Vital statistics of India. Vol. IV, Annual returns from 1871 to 1876. British Army of India, Native Army and jails of Bengal
Year: 1871
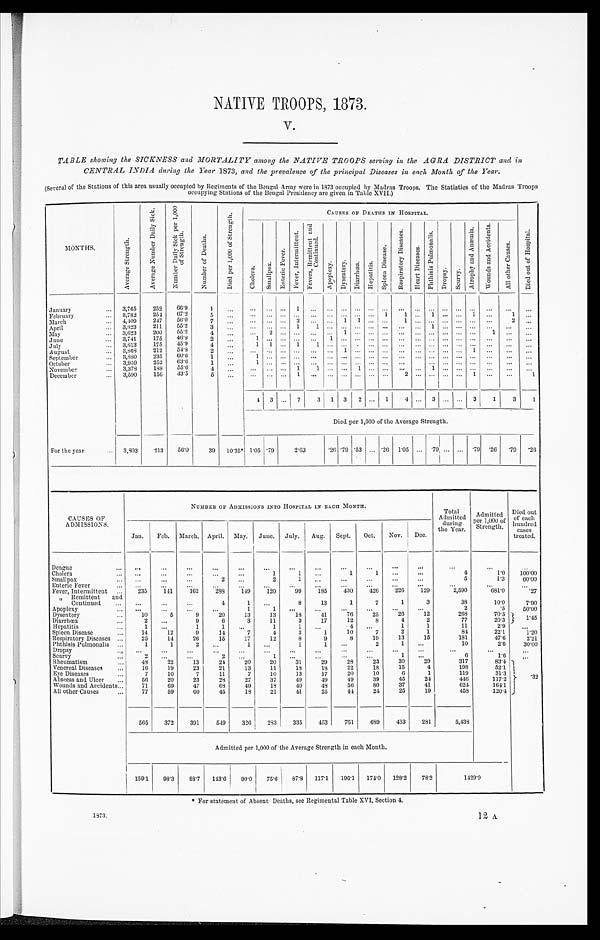
1 8 7 3 .
12 A
NATIVE TROOPS, 1873.
V.
TABLE showing the SICKNESS and MORTALITY among the NATIVE TROOPS serving in the AGRA DISTRICT and in
CENTRAL INDIA during the Year 1873 , and the prevalence of the principal Diseases in each Month of the Year.
(Several of the Stations of this area usually occupied by Regiments of the Bengal Army were in 1873 occupied by Madras Troops. The Statistics of the Madras Troops
occupying Stations of the Bengal Presidency are given in Table XVII.)
MONTHS.
A v e r a g e S t r e n g t h .
A v e r a g e N u m b e r D a i l y S i c k .
N u m b e r D a i l y S i c k p e r 1 , 0 0 0 o f S t r e n g t h .
N u m b e r o f D e a t h s .
D i e d p e r 1 , 0 0 0 o f S t r e n g t h .
C A U S E S O F D E A T H S I N H O S P I T A L .
C h o l e r a .
Sma l l p o x .
E n t e r i e F e v e r .
F e v e r s , I n t e r m i t t e n t .
F e v e r s , R e m i t t e n t a n d C o n t i n u e d .
A p o p l e x y .
D y s e n t e r y .
D i a r r h œ a . H e p a t i t i s .
S p l e e n D i s e a s e .
R e s p i r a t o r y D i s e a s e s .
H e a r t D i s e a s e s .
P h t h i s i s P u l m o n a l i s .
D r o p s y .
S c u r v y .
A t r o p h y a n d A n æ m i a .
W o u n d s a n d A c c i d e n t s .
A l l o t h e r C a u s e s .
D i e d o u t o f H o s p i t a l .
January . . .
3,765
2 5 2 66.9
1
. . .
. . . . . . . . . 1
. . .
. . .
. . . . . . . . .
. . . . . .
. . . . . .
. . .
. . .
. . . . . . . . .
. . .
February . . .
3,782
254
67.2
5
. . . . . . . . . . . . . . . . . .
. . .
. . . . . . . . . 1
1
. . . 1
. . .
. . . 1 . . . 1
. . .
March . . .
4,409
247
56.0
7
. . .
. . . . . . . . . 2
. . . . . .
1
1 . . .
. . . 1
. . . . . .
. . .
. . .
. . . . . . 2
. . .
April . . .
3,823
211
55.2
3
. . .
. . . . . . . . . 1
1
. . .
. . . . . . . . .
. . . . . .
. . . 1
. . .
. . .
. . . . . . . . .
. . .
May . . .
3,623
200
5 5 . 2
4
. . .
. . . 2
. . . . . . . . .
. . . 1
. . . . . .
. . . . . .
. . . . . .
. . .
. . . . . . 1 . . .
. . .
June . . .
3,741
175
46.8
2
. . .
1 . . . . . . . . .
. . . 1
. . .
. . . . . . . . .
. . .
. . . . . .
. . .
. . . . . . . . .
. . .
. . .
July . . .
3,813
175
45.9
4
. . .
1
1 . . . 1
1
. . .
. . . . . . . . .
. . . . . .
. . . . . .
. . .
. . . . . .
. . .
. . .
. . .
August . . .
3,868
212
54.8
2
. . .
. . . . . . . . . . . . . . .
. . .
1
. . . . . .
. . . . . .
. . . . . .
. . .
. . . 1 . . . . . .
. . .
September . . .
3,880
235
60.6
1
. . .
1 . . . . . . . . . . . .
. . .
. . .
. . . . . .
. . .
. . .
. . . . . .
. . .
. . . . . .
. . .
. . .
. . .
October . . .
3,959
252
63.6
1
. . .1
. . . . . . . . .
. . . . . .
. . .
. . . . . . . . .
. . .
. . . . . .
. . .
. . .
. . . . . . . . .
. . .
November . . .
3,378
188
55.6
4
. . .
. . . . . . . . . 1
1
. . .
. . . 1 . . . . . .
. . .
. . . 1
. . .
. . .
. . . . . . . . .
. . .
December . . .
3,590
156
43.5
5
. . .
. . . . . . . . . 1
. . .
. . .
. . .
. . .
. . .
. . .
2
. . .
. . .
. . .
. . .
1
. . . . . .
1
4 3 . . . 7
3 1 3
2 . . . 1
4
. . .
3
. . .
. . . 3
1
3 1
Died per 1,000 of the Average Strength.
For the year . . . 3,803
2 1 3 56.0
39
10.25* 1.05 .79
2.63
.26 .79 .53 . . . .26 1.05
. . . .79 . . . . . . .79
.26 .79
.26
CAUSES OF
ADMISSIONS.
NUMBER OF ADMISSIONS INTO HOSPITAL IN EACH MONTH.
Total
Admitted
during
the Year.
Admitted per 1,000 of Strength.
Died out
of each
hundred
cases
treated.
Jan.
Feb. March.. April. May.
June. July.
Aug. Sept.
Oct.
Nov.
Dec.
Dengue . . .
. . .
. . .
. . .
. . .
. . .
. . .
. . .
. . .
. . .
. . .
. . .
. . .
. . .
. . .
. . .
Cholera . . .
. . .
. . .
. . .
. . .
. . .
1
1
. . .
1
1
. . .
. . .
4
1.0
100.00
Smallpox . . .
. . .
. . .
. . .
2
. . .
2
1
. . .
. . .
. . .
. . .
. . .
5
1.3
60.00
Enteric Fever . . .
. . .
. . .
. . .
. . .
. . .
. . .
. . .
. . .
. . .
. . .
. . .
. . .
. . .
. . .
. . .
Fever, Intermittent . . .
235
141
162
288
149
120
99
185
430
426
226
129
2,590
681.0
.27
" Remittent and
Continued . . .
. . .
. . .
. . .
4
1
. . .
8
13
1
7
1
3
38
10.0
7.90
Apoplexy . . .
. . .
. . .
. . .
. . .
1
1
. . .
. . .
. . .
. . .
. . .
. . .
2
.5
50.00
Dysentery . . .
10
5
9
20
13
13
18
41
76
25
26
12
268
70.5
1 . 4 5
Diarrhœa . . .
2
. . .
9
6
3
11
3
17
12
8
4
2
77
20.3
Hepatitis. . .
1
. . .
1
1
. . .
1
1
. . .
4
. . .
1
1
11
2.9
. . .
Spleen Disease . . .
14
12
9
14
7
4
3
1
10
7
2
1
81
22.1
1.20
Respiratory Diseases . . .
25
14
26
15
17
12
8
9
8
19
13
15
181
47.6
2.21
Phthisis Pulmonalis . . .
1
1
2
. . .
1
. . .
1
1
. . .
2
1
. . .
10
2.6
30.00
Dropsy . . .
. . .
. . .
. . .
. . .
. . .
. . .
. . .
. . .
. . .
. . .
. . .
. . .
. . .
. . .
. . .
Scurvy. . .
2
. . .
. . .
2
. . .
1
. . .
. . .
. . .
. . .
1
. . .
6
1.6
. . .
Rheumatism . . .
48
22
13
24
20
20
31
29
28
23
30
29
317
83.4
.32
Venereal Diseases . . .
16
19
23
21
13
11
18
18
22
18
15
4
198
52.1
Eye Diseases.
7
10
7
11
7
10
13
17
20
10
6
1
119
31.3
Abscess and Ulcer . . .
56
20
23
28
27
37
49
49
49
39
45
24
446
117.2
Wounds and Accidents . . .
71
69
47
68
49
18
40
45
56
80
37
41
624
164.1
All other Causes . . .
77
59
60
45
18
21
41
25
44
24
25
19
458
120.4
565
372
391
549
326
283
335
453
761
689
433
281
5,438
Admitted per 1,000 of the Average Strength in each Month.
150.1
98.3
88.7
143.6
90.0
75.6
87.8
117.1
196.1
174.0
128.2
78.3
1429.9
* For statement of Absent Deaths, see Regimental Table XVI, Section 4.